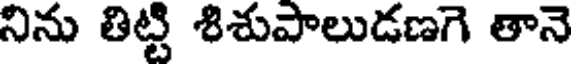
నిను తిట్టి శిశుపాలుడణగె తానె